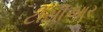
ટીસીઆર